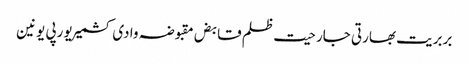
بربریت بھارتی جارحیت ظلم قابض مقبوضہ وادی کشمیر یورپی یونین